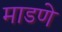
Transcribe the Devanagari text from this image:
माडणे